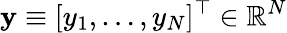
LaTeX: \mathbf{y}\equiv[y_{1},\dots,y_{N}]^{\top}\in\mathbb{R}^{N}